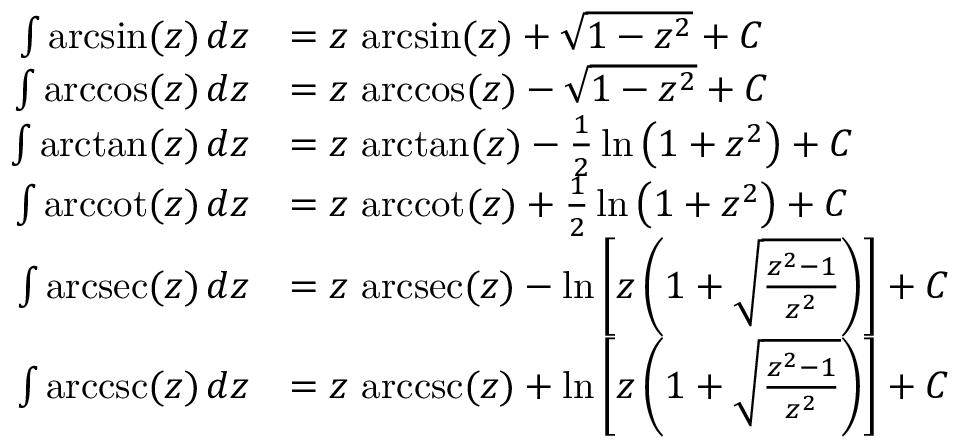
{ \begin{array} { r l } { \int \arcsin ( z ) \, d z } & { = z \, \arcsin ( z ) + { \sqrt { 1 - z ^ { 2 } } } + C } \\ { \int \operatorname { a r c c o s } ( z ) \, d z } & { = z \, \operatorname { a r c c o s } ( z ) - { \sqrt { 1 - z ^ { 2 } } } + C } \\ { \int \arctan ( z ) \, d z } & { = z \, \arctan ( z ) - { \frac { 1 } { 2 } } \ln \left( 1 + z ^ { 2 } \right) + C } \\ { \int \operatorname { a r c c o t } ( z ) \, d z } & { = z \, \operatorname { a r c c o t } ( z ) + { \frac { 1 } { 2 } } \ln \left( 1 + z ^ { 2 } \right) + C } \\ { \int \operatorname { a r c s e c } ( z ) \, d z } & { = z \, \operatorname { a r c s e c } ( z ) - \ln \left[ z \left( 1 + { \sqrt { \frac { z ^ { 2 } - 1 } { z ^ { 2 } } } } \right) \right] + C } \\ { \int \operatorname { a r c c s c } ( z ) \, d z } & { = z \, \operatorname { a r c c s c } ( z ) + \ln \left[ z \left( 1 + { \sqrt { \frac { z ^ { 2 } - 1 } { z ^ { 2 } } } } \right) \right] + C } \end{array} }